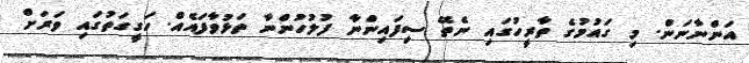
އަންނާނަން. މި ގައުމުގެ ތާރީހުގައި ނެތޭ ސިފައިންނާ ފުލުހުންނާ ތަޅުވާފައެއް. ހަގީގަތުގައި ވަރަށް